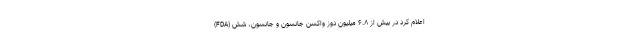
(FDA) اعلام کرد در بیش از ۶.۸ میلیون دوز واکسن جانسون و جانسون، شش